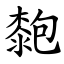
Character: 㯡